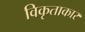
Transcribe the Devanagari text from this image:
विकृताकार